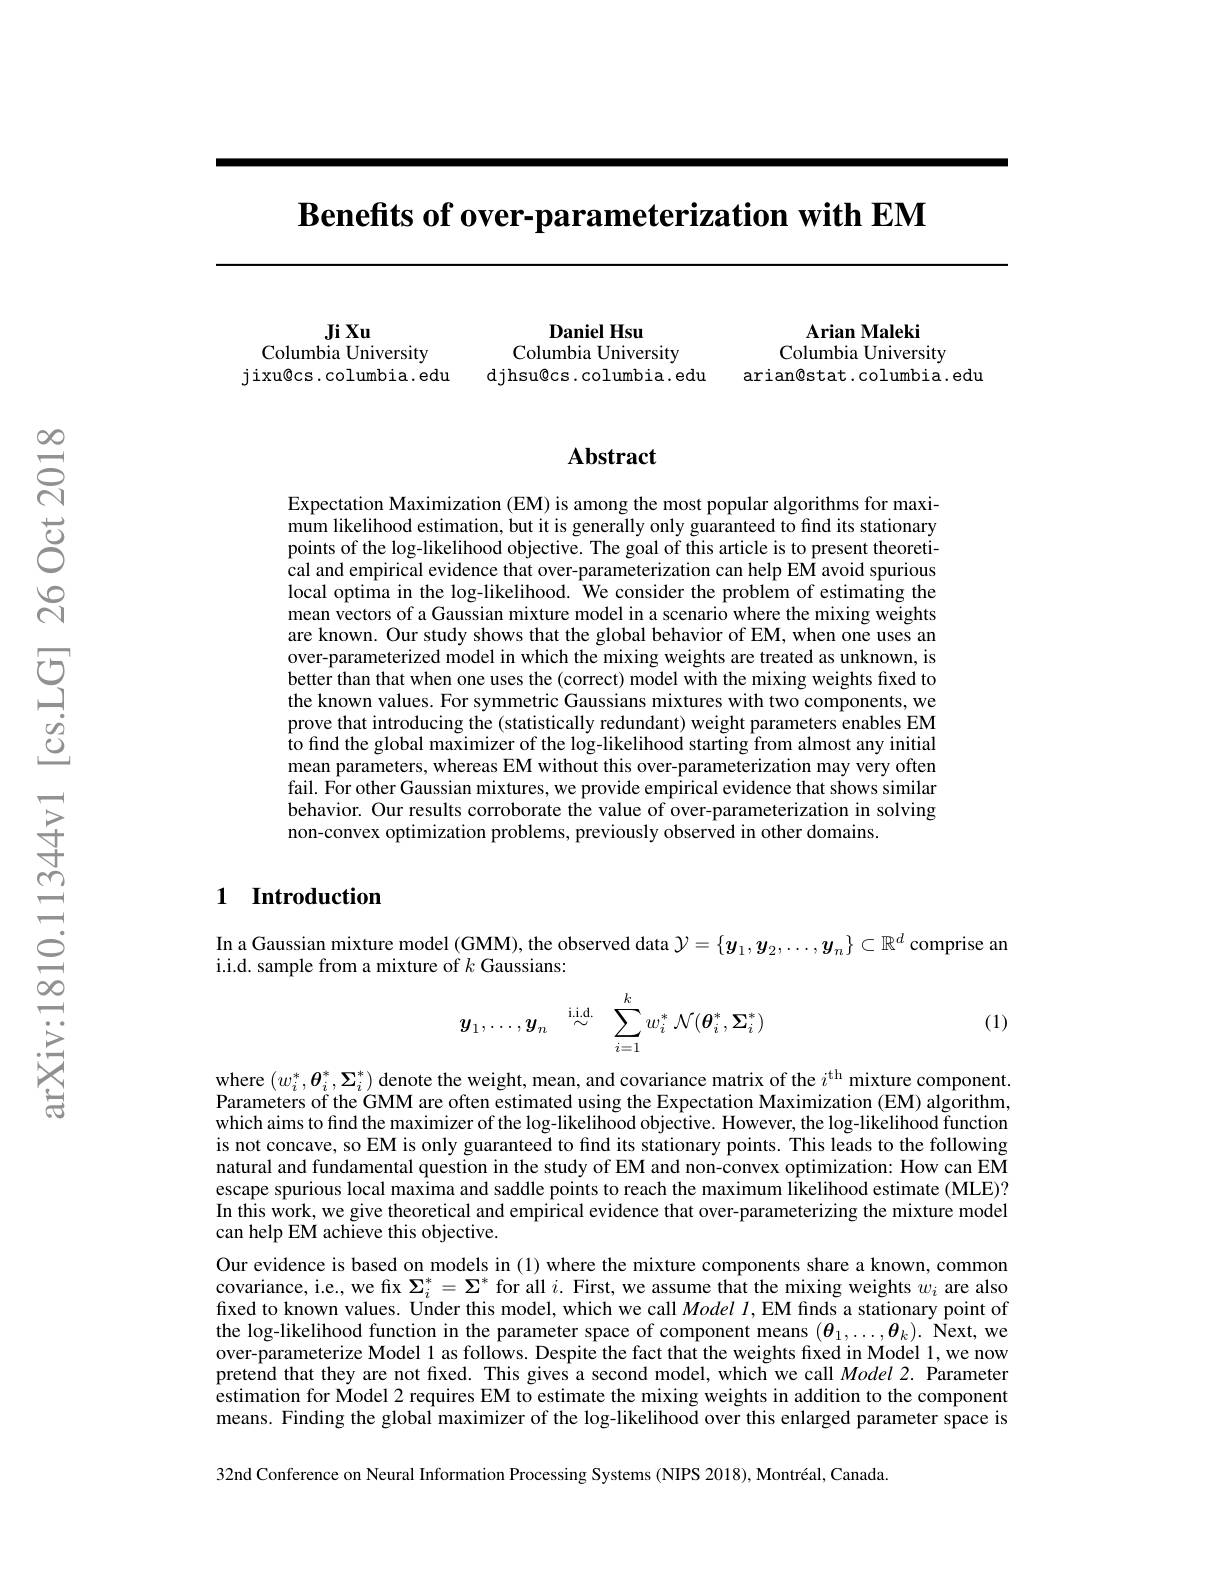
Benefits of over-parameterization with EM

Daniel Hsu
Columbia University
djhsu@cs.columbia.edu

Arian Maleki
Columbia University
arian@stat.columbia.edu

Ji Xu
Columbia University
jixu@cs.columbia.edu

### Abstract

Expectation Maximization (EM) is among the most popular algorithms for maximum likelihood estimation, but it is generally only guaranteed to find its stationary points of the log-likelihood objective. The goal of this article is to present theoretical and empirical evidence that over-parameterization can help EM avoid spurious $\hat{\text{local optima in the log-likelihood. }}\hat{\text{We consider the problem of estimating the}}$ $\hat{\text{mean vectors of a Gaussian mixture model in a scenario where the mixing weights}}$ are known. Our study shows that the global behavior of EM, when one uses an over-parameterized model in which the mixing weights are treated as unknown, is better than that when one uses the (correct) model with the mixing weights fixed to the known values. For symmetric Gaussians mixtures with two components, we prove that introducing the (statistically redundant) weight parameters enables EM $\hat{\text{to find the global maximizer of the log-likelihood starting from almost any initial}}$ mean parameters, whereas EM without this over-parameterization may very often fail. For other Gaussian mixtures, we provide empirical evidence that shows similar behavior. Our results corroborate the value of over-parameterization in solving non-convex optimization problems, previously observed in other domains.

## 1 Introduction

In a Gaussian mixture model (GMM), the observed data $\mathcal{Y}=\{y_1,y_2,\ldots,y_n\}\subset\mathbb{R}^d$ comprise an
i.i.d. sample from a mixture of $k$ Gaussians:

(1)
$$\boldsymbol{y}_{1},\ldots,\boldsymbol{y}_{n}\stackrel{\mathrm{i.i.d.}}{\sim}\sum_{i=1}^{k}w_{i}^{*}\:\mathcal{N}(\boldsymbol{\theta}_{i}^{*},\boldsymbol{\Sigma}_{i}^{*})$$
where $(w_i^*,\boldsymbol{\theta}_i^*,\boldsymbol{\Sigma}_i^*)$ denote the weight, mean, and covariance matrix of the $i^\mathrm{th}$ mixture component. Parameters of the GMM are often estimated using the Expectation Maximization (EM) algorithm, which aims to find the maximizer of the log-likelihood objective. However, the log-likelihood function is not concave, so EM is only guaranteed to find its stationary points. This leads to the following natural and fundamental question in the study of EM and non-convex optimization: How can EM escape spurious local maxima and saddle points to reach the maximum likelihood estimate (MLE)? In this work, we give theoretical and empirical evidence that over-parameterizing the mixture model can help EM achieve this objective.
Our evidence is based on models in (1) where the mixture components share a known, common covariance, i.e., we fix $\Sigma_i^*=\Sigma^*$ for all $i.$ First, we assume that the mixing weights $w_i$ are also fixed to known values. Under this model, which we call $Modell$,EM finds a stationary point of the log-likelihood function in the parameter space of component means $(\boldsymbol\theta_1,\ldots,\boldsymbol\theta_k).$ Next, we over-parameterize Model l as follows. Despite the fact that the weights fixed in Model l, we now pretend that they are not fxed. This gives a second model, which we call Model 2. Parameter estimation for Model 2 requires EM to estimate the mixing weights in addition to the component means. Finding the global maximizer of the log-likelihood over this enlarged parameter space is 32nd Conference on Neural Information Processing Systems (NIPS 2018), Montréal, Canada